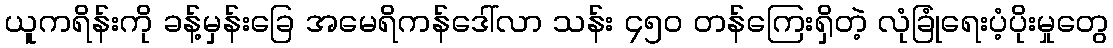
ယူကရိန်းကို ခန့်မှန်းခြေ အမေရိကန်ဒေါ်လာ သန်း ၄၅၀ တန်ကြေးရှိတဲ့ လုံခြုံရေးပံ့ပိုးမှုတွေ